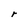
Character: r